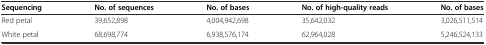
| Sequencing | No. of sequences | No. of bases | No. of high-quality reads | No. of bases |
 | --- | --- | --- | --- | --- |
 | Red petal | 39,652,898 | 4,004,942,698 | 35,642,032 | 3,026,511,514 |
 | White petal | 68,698,774 | 6,938,576,174 | 62,964,028 | 5,246,524,133 |